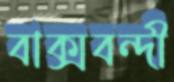
বাক্‌সবন্দী